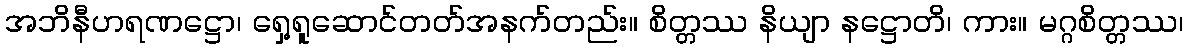
အဘိနီဟရဏဋ္ဌော၊ ရှေ့ရူဆောင်တတ်အနက်တည်း။ စိတ္တဿ နိယျာ နဋ္ဌောတိ၊ ကား။ မဂ္ဂစိတ္တဿ၊